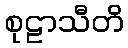
စုဠာသီတိ